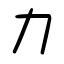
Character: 力